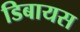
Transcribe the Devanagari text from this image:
डिबायस